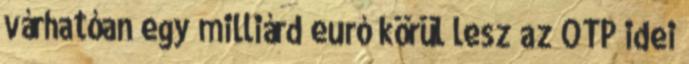
várhatóan egy milliárd euró körül lesz az OTP idei